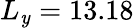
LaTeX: L_{\mathit{y}}=13.18